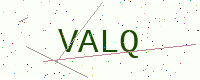
Text: VALQ